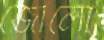
জোলো